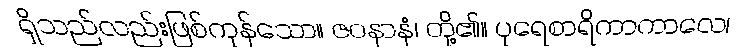
ရှိသည်လည်းဖြစ်ကုန်သော။ ဇဝနာနံ၊ တို့၏။ ပုရေစာရိကာကာလေ၊